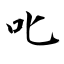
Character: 叱